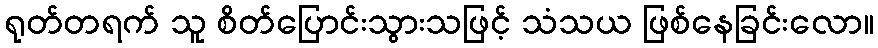
ရုတ်တရက် သူ စိတ်ပြောင်းသွားသဖြင့် သံသယ ဖြစ်နေခြင်းလော။